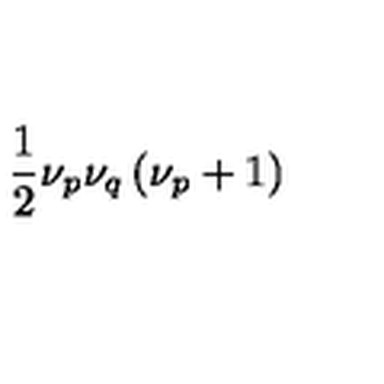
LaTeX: \frac { 1 } { 2 } \nu _ { p } \nu _ { q } \left( \nu _ { p } + 1 \right)